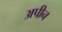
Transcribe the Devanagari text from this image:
अपीन